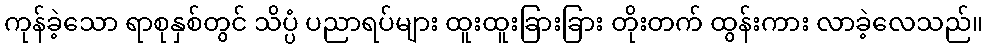
ကုန်ခဲ့သော ရာစုနှစ်တွင် သိပ္ပံ ပညာရပ်များ ထူးထူးခြားခြား တိုးတက် ထွန်းကား လာခဲ့လေသည်။